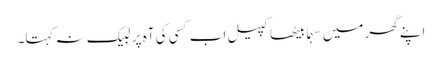
اپنے گھر میں سہما بیٹھا کپیل اب کسی کی آہ پر لبیک نہ کہتا۔